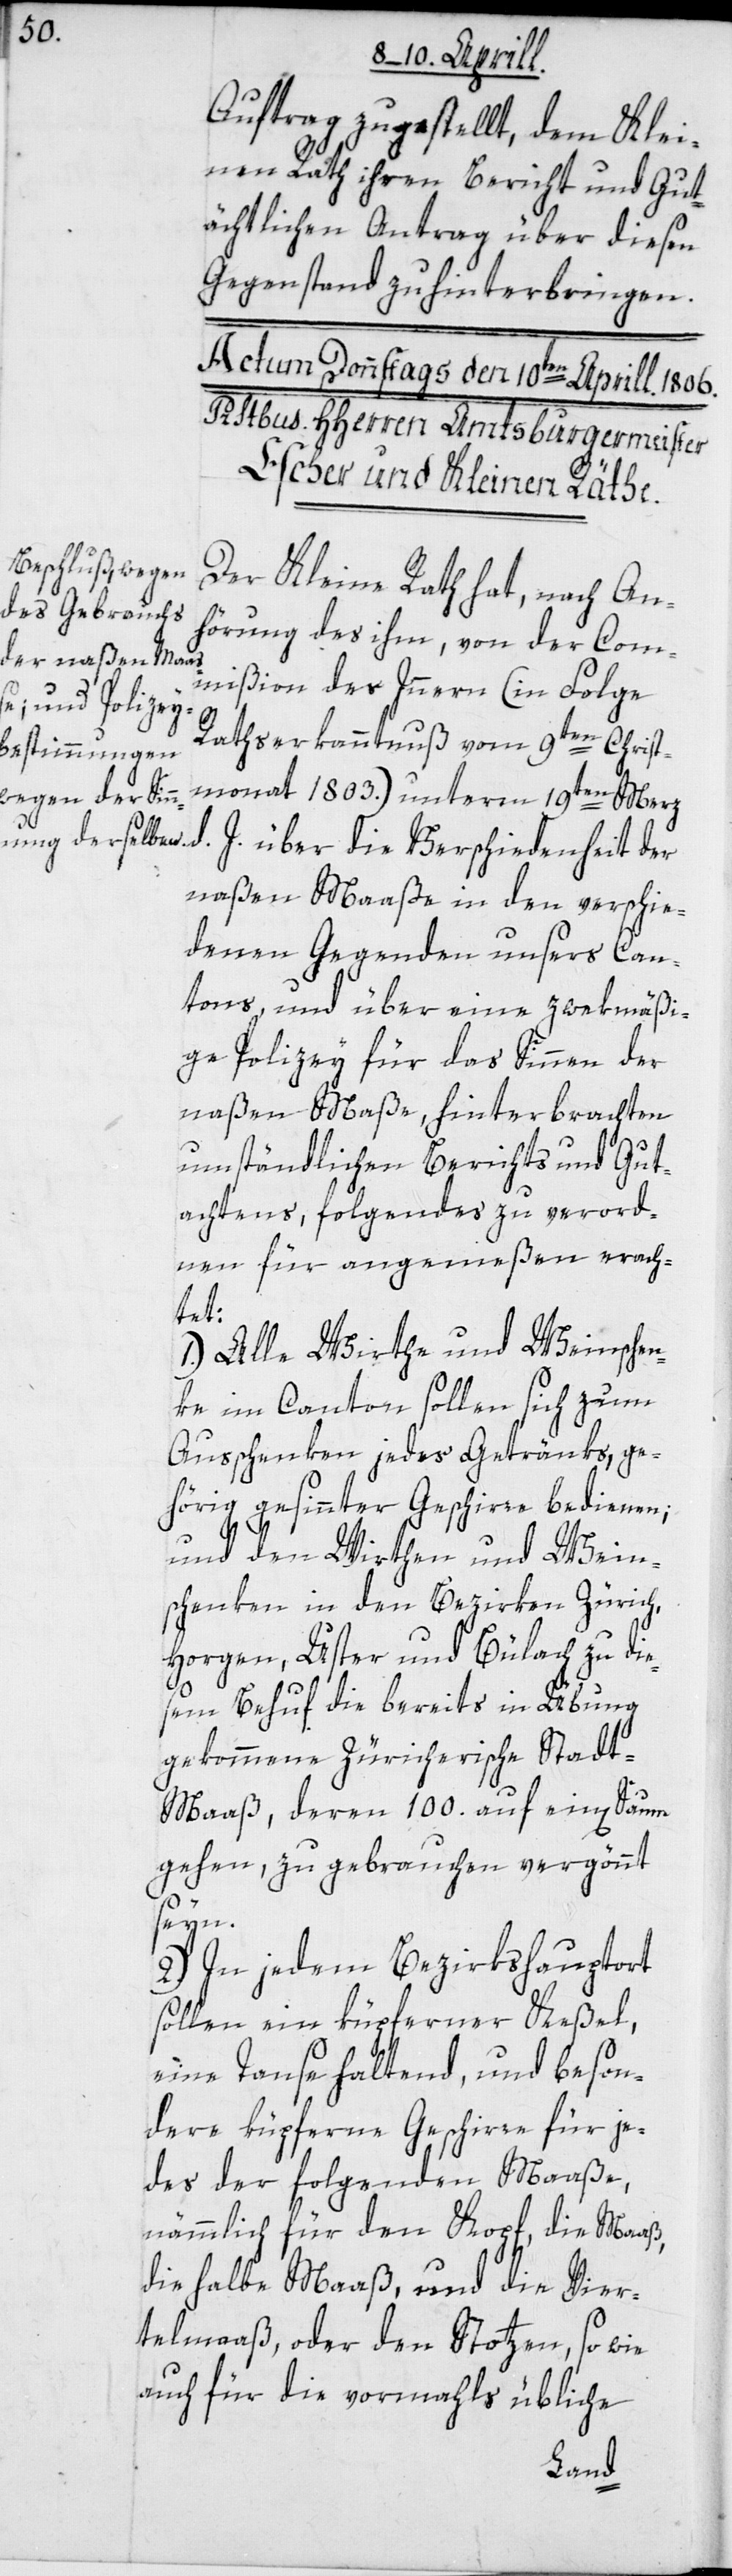
Auftrag zugestellt, dem Klei¬
nen Rath ihren Bericht und Gut¬
ächtlichen Antrag über diesen
Gegenstand zu hinterbringen.
Der Kleine Rath hat, nach An¬
hörung des ihm von der Com¬
mißion des Innern (in Folge
Rathserkanntnuß vom 9ten Christ¬
monat 1803.) unterm 19ten Merz
d. J. über die Verschiedenheit der
naßen Maaße in den verschie¬
denen Gegenden unsers Can¬
tons, und über eine zwekmäßi¬
ge Polizey für das Sinnen der
naßen Maaße, hinterbrachten
umständlichen Berichts und Gut¬
achtens, folgendes zu verord¬
nen für angemeßen erach¬
tet:
1.) Alle Wirthe und Weinschen¬
ke im Canton sollen sich zum
Ausschenken jedes Getränks, ge¬
hörig gesinnter Geschirre bedienen;
und den Wirthen und Wein¬
schenken in den Bezirken Zürich,
Horgen, Uster und Bülach zu die¬
sem Behuf die bereits in Übung
gekommene Züricherische Stadt-M¬
aaß, deren 100. auf ein[en]
gehen, zu gebrauchen vergönnt
seyn.
2.) In jedem Bezirkshauptort
sollen ein küpferner Keßel,
eine Tanse haltend, und beson¬
dere küpferne Geschirre für je¬
des der folgenden Maaße,
nämmlich für den Kopf, die Maaß,
die halbe Maaß und die Vier¬
telmaaß; oder den Stotzen, so wie
auch für die vormals übliche